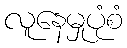
လူနေမှုပုံစံ